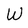
Character: W